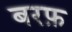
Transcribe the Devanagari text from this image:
बरफ़